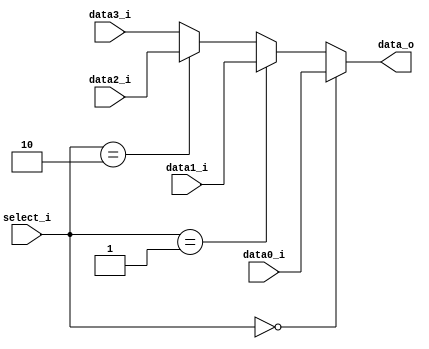
//Subject:     CO project 2 - MUX 221
//--------------------------------------------------------------------------------
//Version:     1
//--------------------------------------------------------------------------------
//Writer:
//----------------------------------------------
//Date:
//----------------------------------------------
//Description:
//--------------------------------------------------------------------------------

module MUX_4to1(
               data0_i,
               data1_i,
               data2_i,
					data3_i,
               select_i,
               data_o
               );

parameter size = 0;

//I/O ports
input   [size-1:0] data0_i;
input   [size-1:0] data1_i;
input   [size-1:0] data2_i;
input   [size-1:0] data3_i;

input   [2-1:0]      select_i;
output  [size-1:0] data_o;

//Internal Signals
wire     [size-1:0] data_o;

//Main function
assign data_o = (select_i == 2'b00 ? data0_i : (select_i == 2'b01 ? data1_i : (select_i == 2'b10 ? data2_i : data3_i)));

endmodule